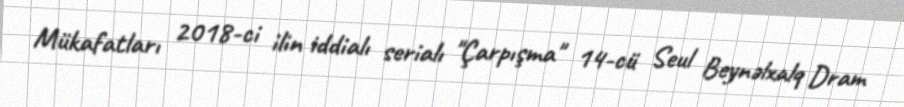
Mükafatları 2018-ci ilin iddialı serialı "Çarpışma" 14-cü Seul Beynəlxalq Dram